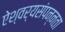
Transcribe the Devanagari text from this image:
ऐश्वर्यसंपन्नता